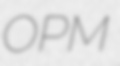
OPM